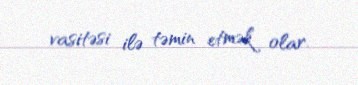
vasitəsi ilə təmin etmək olar.